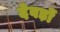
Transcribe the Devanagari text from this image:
देवड़ों